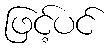
ဖြင့်ပင်